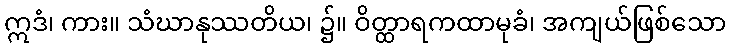
ဣဒံ၊ ကား။ သံဃာနုဿတိယ၊ ၌။ ဝိတ္ထာရကထာမုခံ၊ အကျယ်ဖြစ်သော